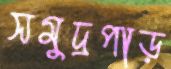
সমুদ্রপাড়